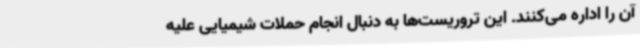
آن را اداره می‌کنند. این تروریست‌ها به دنبال انجام حملات شیمیایی علیه